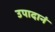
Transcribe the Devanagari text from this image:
उपादानं